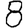
Digit: 8